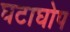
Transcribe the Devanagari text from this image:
घटाघोप